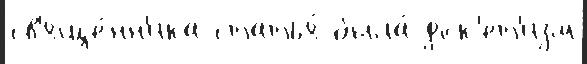
св'яще́нн'ика статья́ была́ док'ет'изм